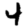
Digit: 4